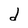
Character: d